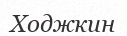
Ходжкин